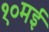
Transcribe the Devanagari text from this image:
१०मई